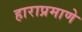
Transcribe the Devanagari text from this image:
हाराप्रमाणे